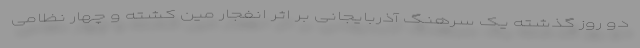
دو روز گذشته یک سرهنگ آذربایجانی بر اثر انفجار مین کشته و چهار نظامی